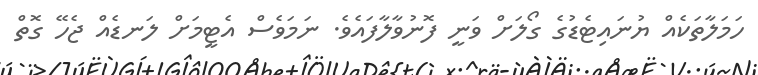
ހަމަލާތަކެއް ޔުނައިޓެޑުގެ ގޯލަށް ވަނީ ފޮނުވާލާފައެވެ. ނަމަވެސް އެޓީމަށް ލަނޑެއް ޖެހޭ ގޮތް